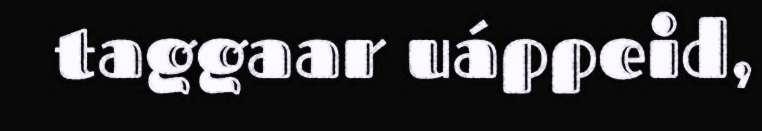
taggaar uáppeid,